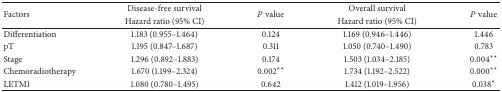
| <ROWSPAN=2> Factors | Disease-free survival | <ROWSPAN=2> P value | Overall survival | <ROWSPAN=2> P value |
 | Hazard ratio (95% CI) | Hazard ratio (95% CI) |
 | --- | --- | --- | --- | --- |
 | Differentiation | 1.183 (0.955–1.464) | 0.124 | 1.169 (0.946–1.446) | 1.446 |
 | pT | 1.195 (0.847–1.687) | 0.311 | 1.050 (0.740–1.490) | 0.783 |
 | Stage | 1.296 (0.892–1.883) | 0.174 | 1.503 (1.034–2.185) | 0.004** |
 | Chemoradiotherapy | 1.670 (1.199–2.324) | 0.002** | 1.734 (1.192–2.522) | 0.000** |
 | LETM1 | 1.080 (0.780–1.495) | 0.642 | 1.412 (1.019–1.956) | 0.038* |